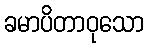
ခမာပိတာဝုသော